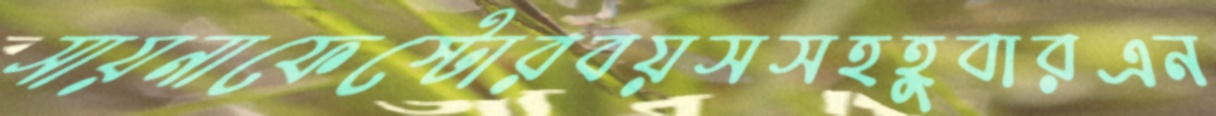
সায়নাফেস্টোরবয়সসহহুবারএন